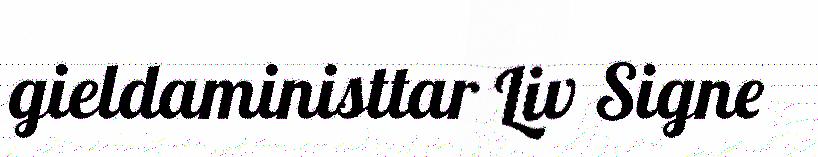
gieldaministtar Liv Signe